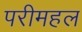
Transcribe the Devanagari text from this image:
परीमहल